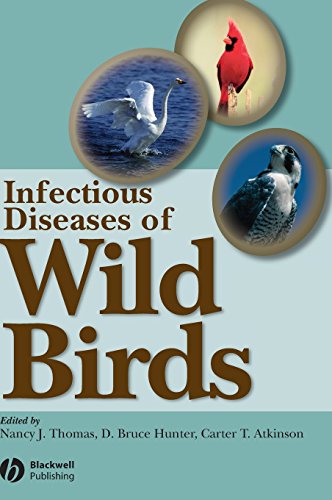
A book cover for Infectious Diseases of Wild Birds; Medical Books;